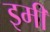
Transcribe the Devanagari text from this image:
इमी